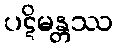
ပဋိမန္တဿ